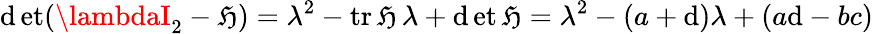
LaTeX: \operatorname*{\mathrm{d}et}(\lambdaI_{2}-{\mathfrak{{H}}})=\lambda^{2}-\operatorname{tr}{\mathfrak{{H}}}\, \lambda+\operatorname*{\mathrm{d}et}{\mathfrak{{H}}}=\lambda^{2}-(a+\mathrm{d})\lambda+(a\mathrm{d}-bc)